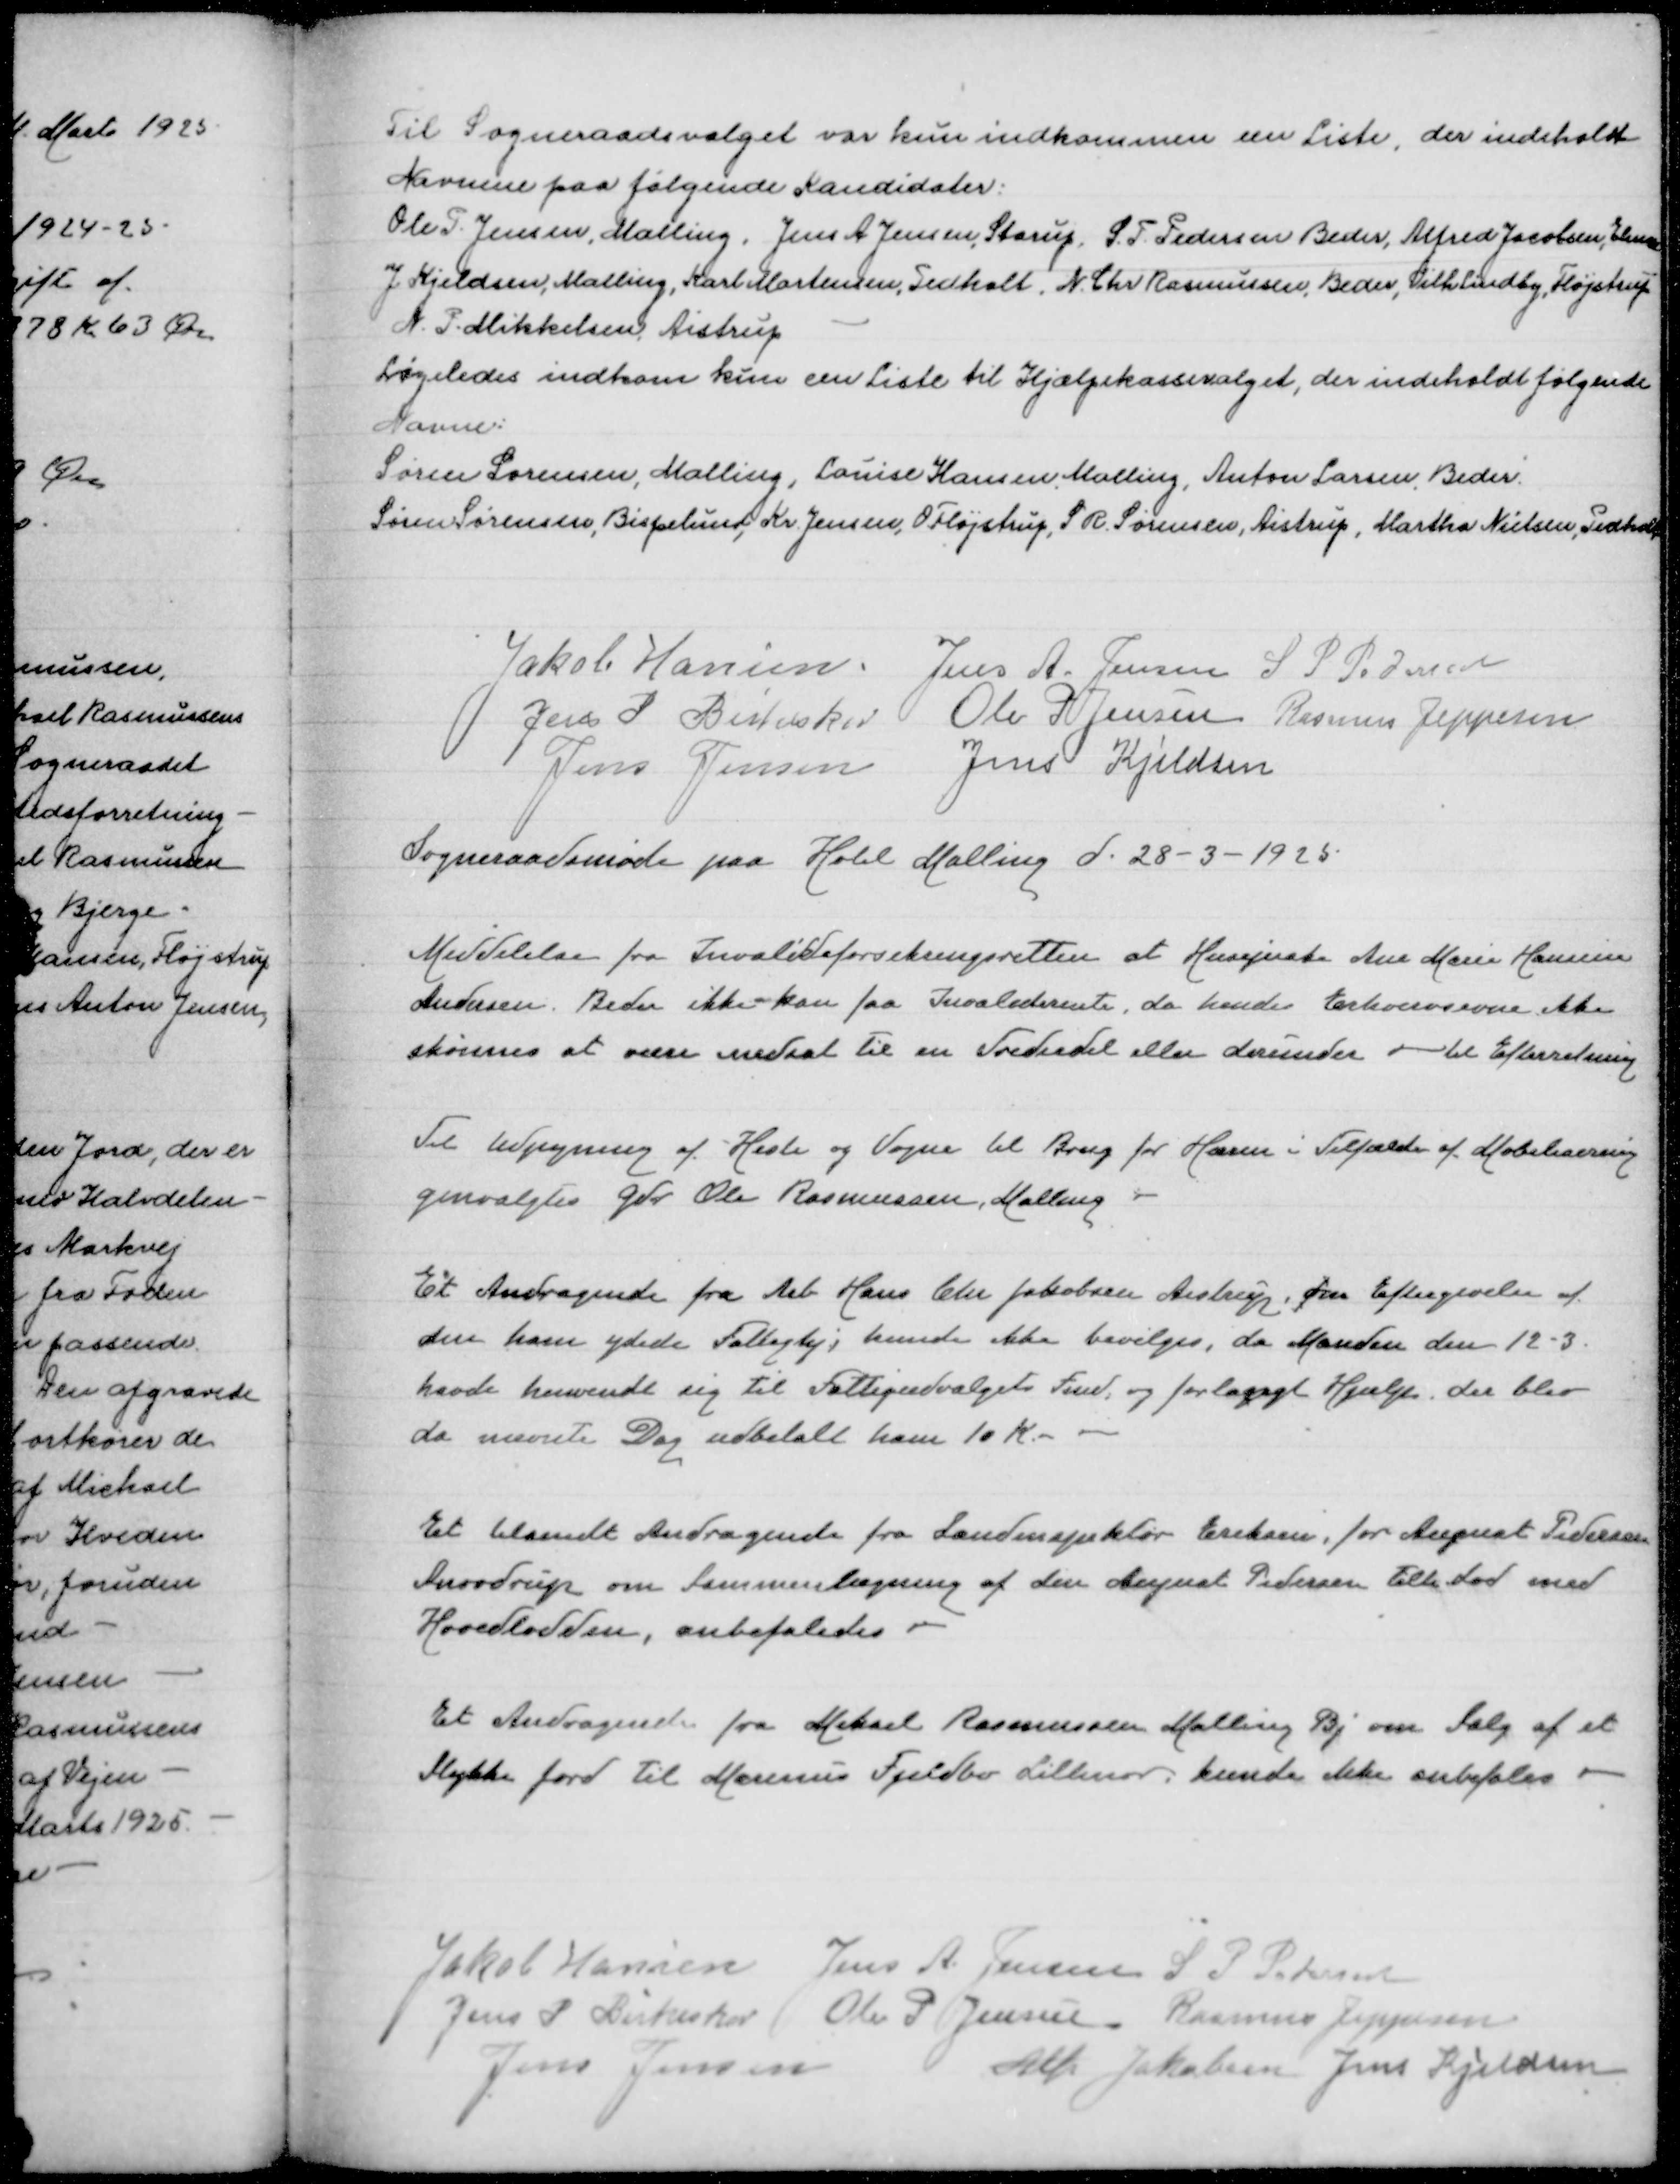
Transskription:
Til Sogneraadsvalget var kun indkommen een Liste, der indeholdt
Navnene paa følgende Kandidater:
Ole P Jensen, Malling, Jens A Jensen, Starup, S P Pedersen Beder, Alfred Jacobsen, Elmose
J Kjeldsen, Malling, Karl Mortensen, Pedholt, N Chr Rasmussen, Beder, Vilh Lundby, Fløjstrup
N P Mikkelsen, Aistrup
Ligeledes indkom kun een Liste til Hjælpekasseudvalget, der indeholdt følgende
navne:
Søren Sørensen, Malling, Louise Hansen Malling, Anton Larsen, Beder
Søren Sørensen, Bispelund, Kr Jensen, O Fløjstrup, S R Sørensen, Aistrup, Martha Nielsen, Pedholt

Jakob Hansen
Jens A Jensen
S P Pedersen
Jens P Birkeskov
Ole P Jensen
Rasmus Jeppesen
Jens Jensen
Jens Kjeldsen
Sogneraadsmøde paa Hotel Malling d 28-3-1925

Meddelelse fra Invalideforsikringsretten at Husejerske Ana Marie Hansine
Andersen Beder ikke kan faa Invaliderente, da hendes Erhvervsevne ikke
skønnes at være nedsat til enTrediedel eller derunder - til Efterretning

Til Udpegning af Heste og Vogne til Brug for Hæren i Tilfælde af Mobilisering
genvalgtes Gdr Ole Rasmussen, Malling

Et Andragende fra Arb Hans Chr Jakobsen Aistrup om Eftergivelse af
den ham ydede Fattighjælp, kunde ikke bevilges, da Manden den 12-3
havde henvendt sig til Fattigudvalgets Fmd og forlangt Hjælp der blev
da nævnte Dag udbetalt ham 10 Kr

Et tilsendt Andragende fra Landinspektør Eriksen, for August Pedersen
Snovdrup om Sammenlægning af den af August Pedersen tilh Lod med
Hovedlodden, anbefaledes

Et Andragende fra Mikael Rasmussen Malling Bj om Salg af et
Stykke Jord til Marinus Fjelbo Lillenor kunde ikke anbefales

Jakob Hansen
Jens A Jensen
S P Pedersen
Jens P Birkeskov
Ole P Jensen
Rasmus Jeppesen
Jens Jensen
Alfr Jakobsen
Jens Kjeldsen